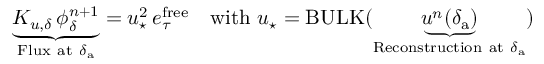
\underbrace { K _ { u , \delta } \, { \phi } _ { \delta } ^ { n + 1 } } _ { \mathrm { F l u x ~ a t ~ } \delta _ { \mathrm { a } } } = u _ { \star } ^ { 2 } \, e _ { \tau } ^ { \mathrm { f r e e } } \quad \mathrm { w i t h ~ } u _ { \star } = \mathrm { B U L K } ( \underbrace { u ^ { n } ( \delta _ { \mathrm { a } } ) } _ { \mathrm { R e c o n s t r u c t i o n ~ a t ~ } \delta _ { \mathrm { a } } } )